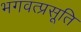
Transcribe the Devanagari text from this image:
भगवत्प्रसूति